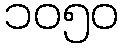
၁၀၅၀